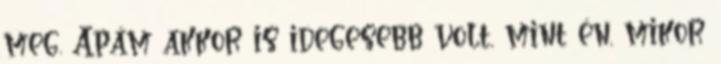
meg. Apám akkor is idegesebb volt, mint én, mikor